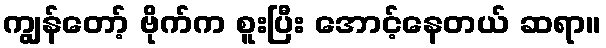
ကျွန်တော့် ဗိုက်က စူးပြီး အောင့်နေတယ် ဆရာ။